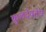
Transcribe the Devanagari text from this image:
कुलदेवतेचे